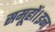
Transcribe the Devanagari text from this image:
समूहों।इन